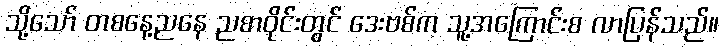
သို့သော် တစနေ့ညနေ ညစာဝိုင်းတွင် ဒေးဗစ်က သူ့အကြောင်းစ လာပြန်သည်။